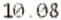
10.08